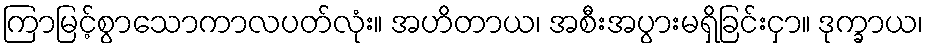
ကြာမြင့်စွာသောကာလပတ်လုံး။ အဟိတာယ၊ အစီးအပွားမရှိခြင်းငှာ။ ဒုက္ခာယ၊